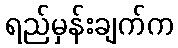
ရည်မှန်းချက်က